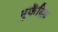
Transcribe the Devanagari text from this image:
भूकेंद्रित